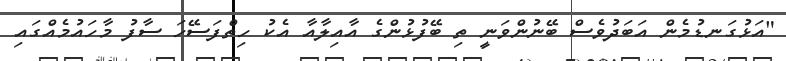
"އަޅުގަނޑުމެން އަބަދުވެސް ބޭނުންވަނީ ތި ބޭފުޅުންގެ އާއިލާއާ އެކު ހިތްފަސޭހަ ސާފު މާހައުމެއްގައި